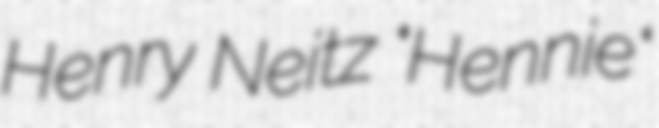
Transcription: Henry Neitz "Hennie"